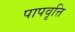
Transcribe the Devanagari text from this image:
पापवृत्ति